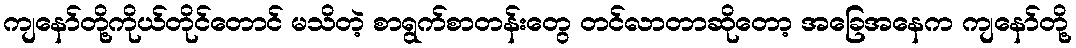
ကျနော်တို့ကိုယ်တိုင်တောင် မသိတဲ့ စာရွက်စာတန်းတွေ တင်လာတာဆိုတော့ အခြေအနေက ကျနော်တို့